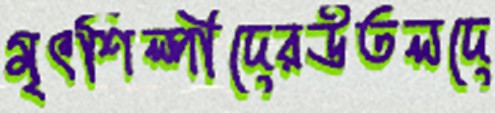
মৃৎশিল্পীদেরউতলদে